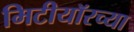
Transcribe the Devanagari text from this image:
मिटीयॉरच्या